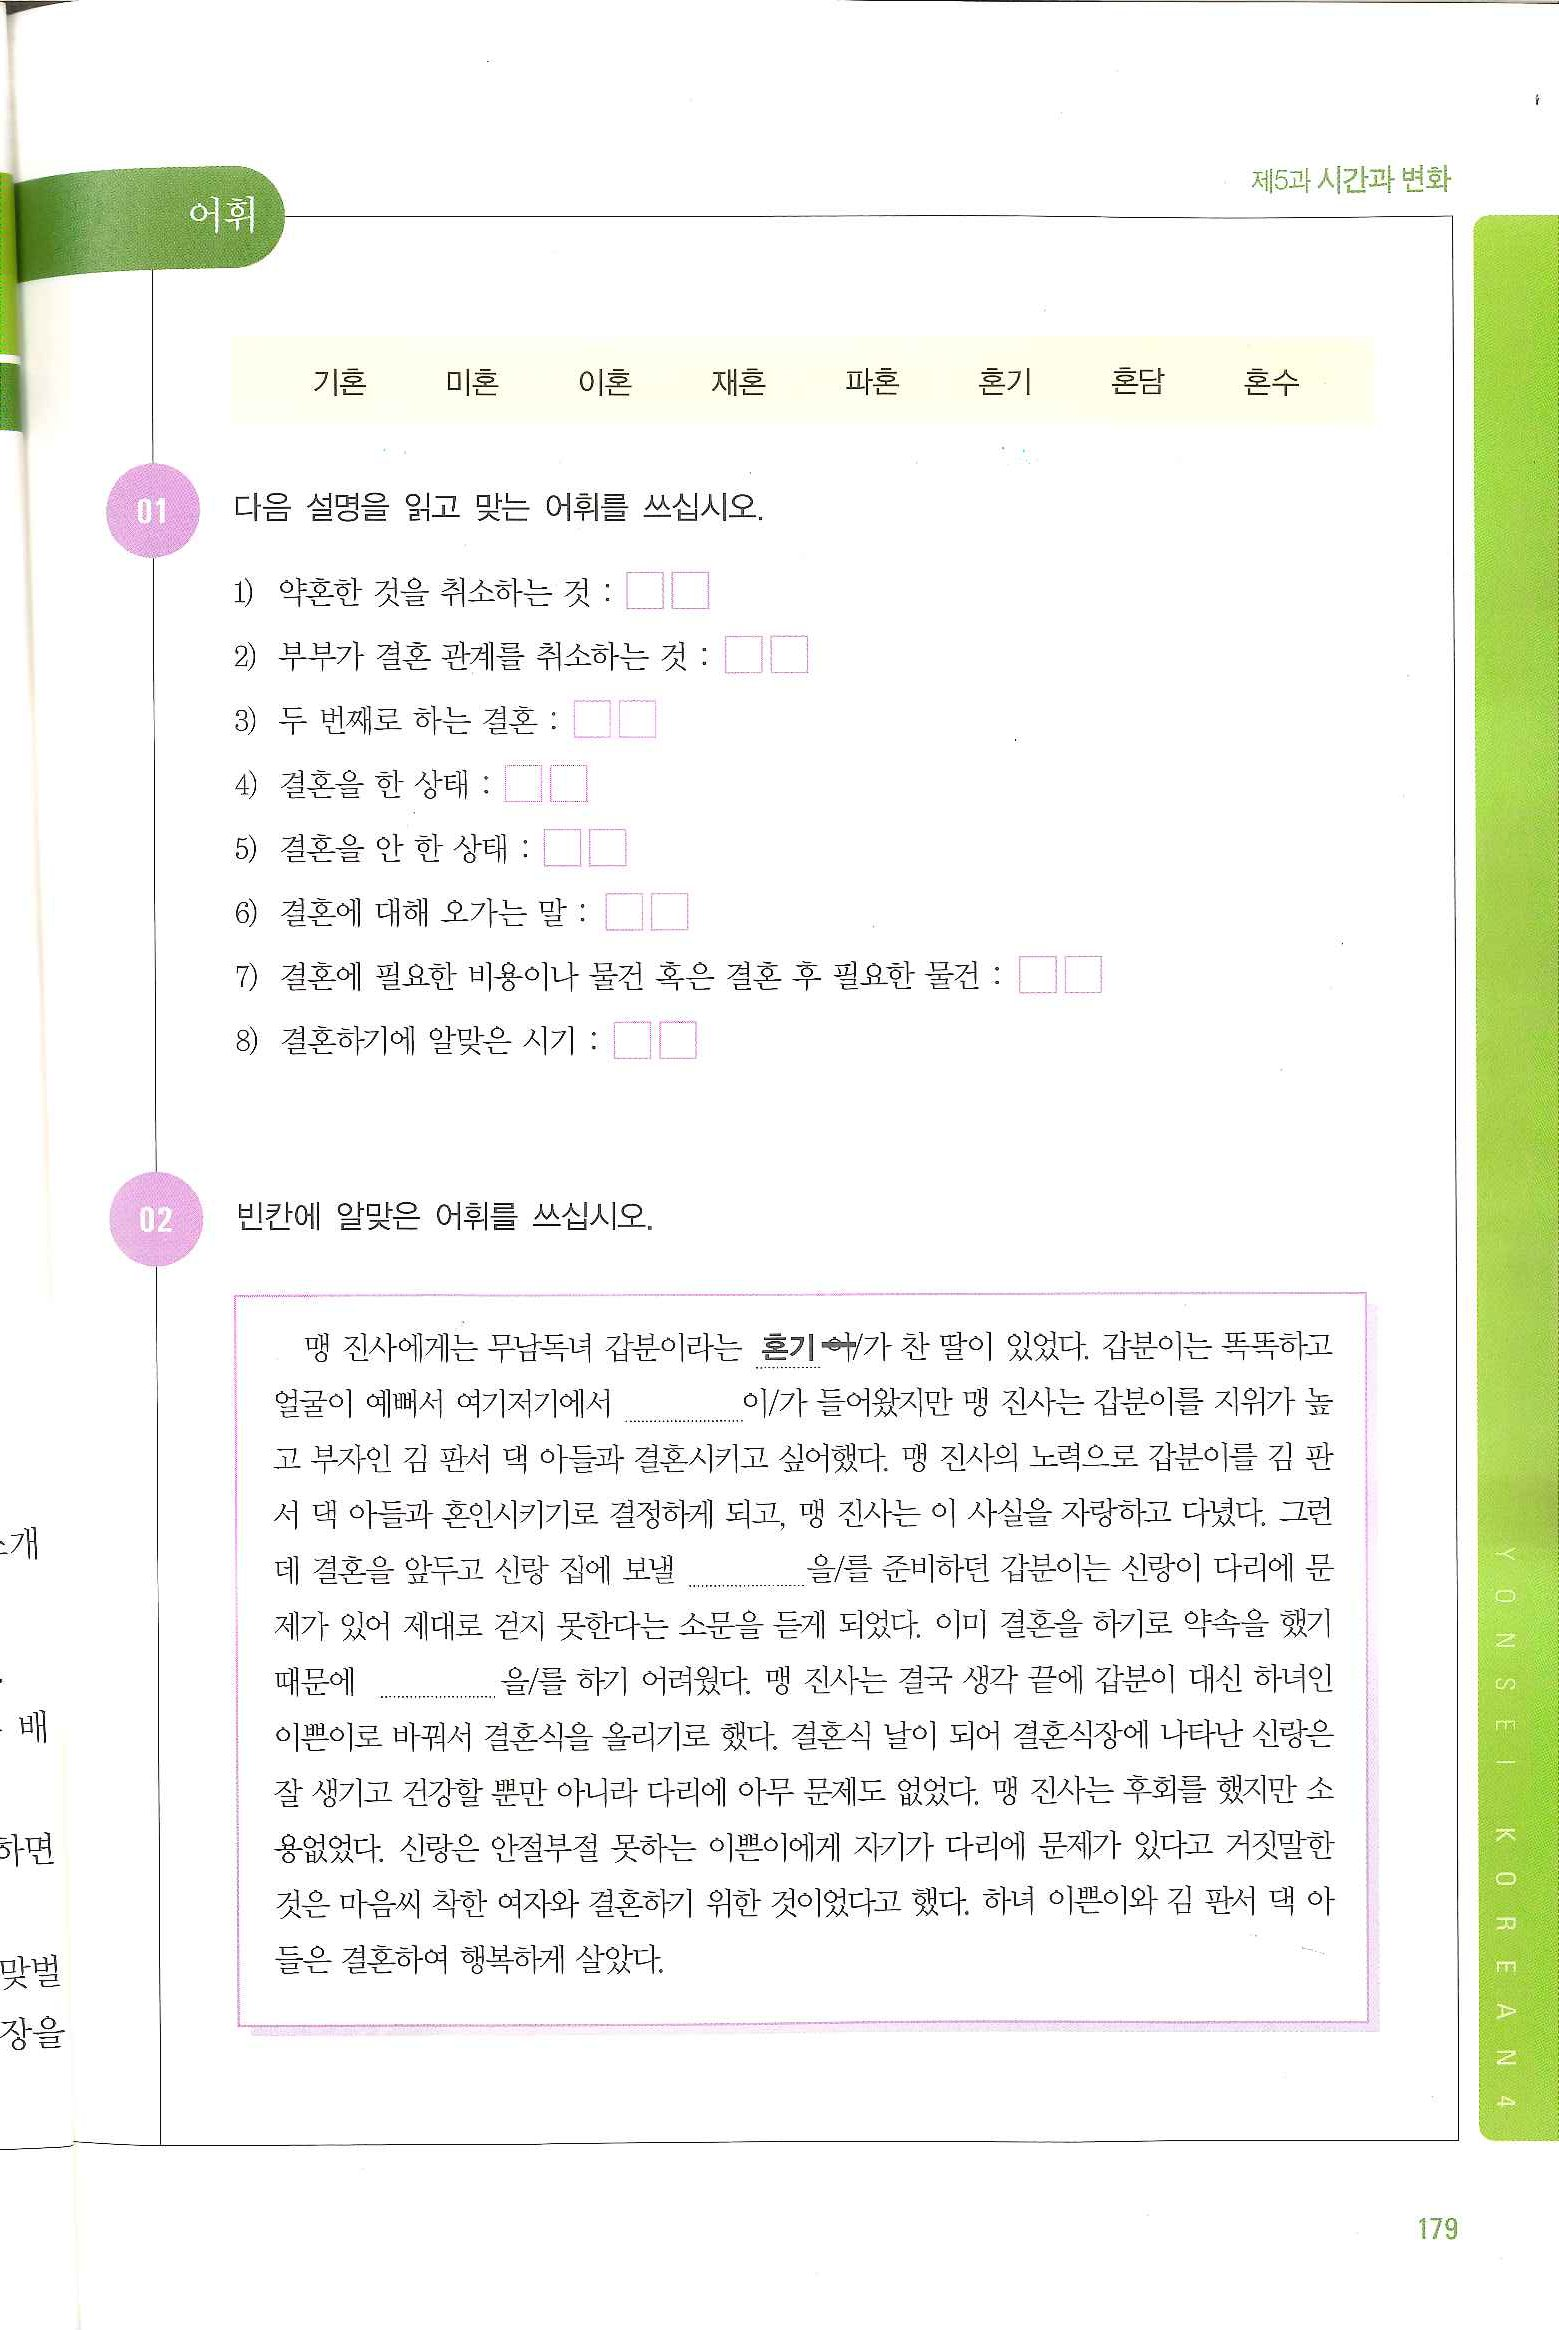
Language: ko